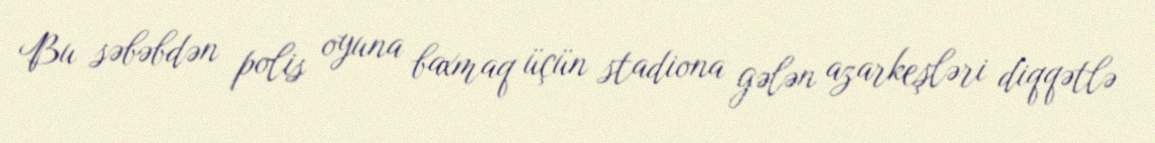
Bu səbəbdən polis oyuna baxmaq üçün stadiona gələn azarkeşləri diqqətlə